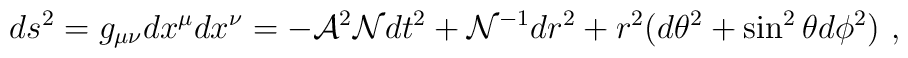
ds^2=g_{\mu\nu}dx^\mu dx^\nu=  - {\cal A}^2{\cal N} dt^2 + {\cal N}^{-1} dr^2   + r^2 (d\theta^2 + \sin^2\theta d\phi^2)\ ,